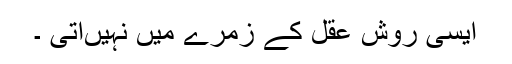
ایسی روش عقل کے زمرے میں نہیںآتی ۔